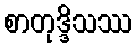
စာတုဒ္ဒိသဿ